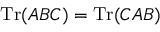
\mathrm { T r } ( A B C ) = \mathrm { T r } ( C A B )